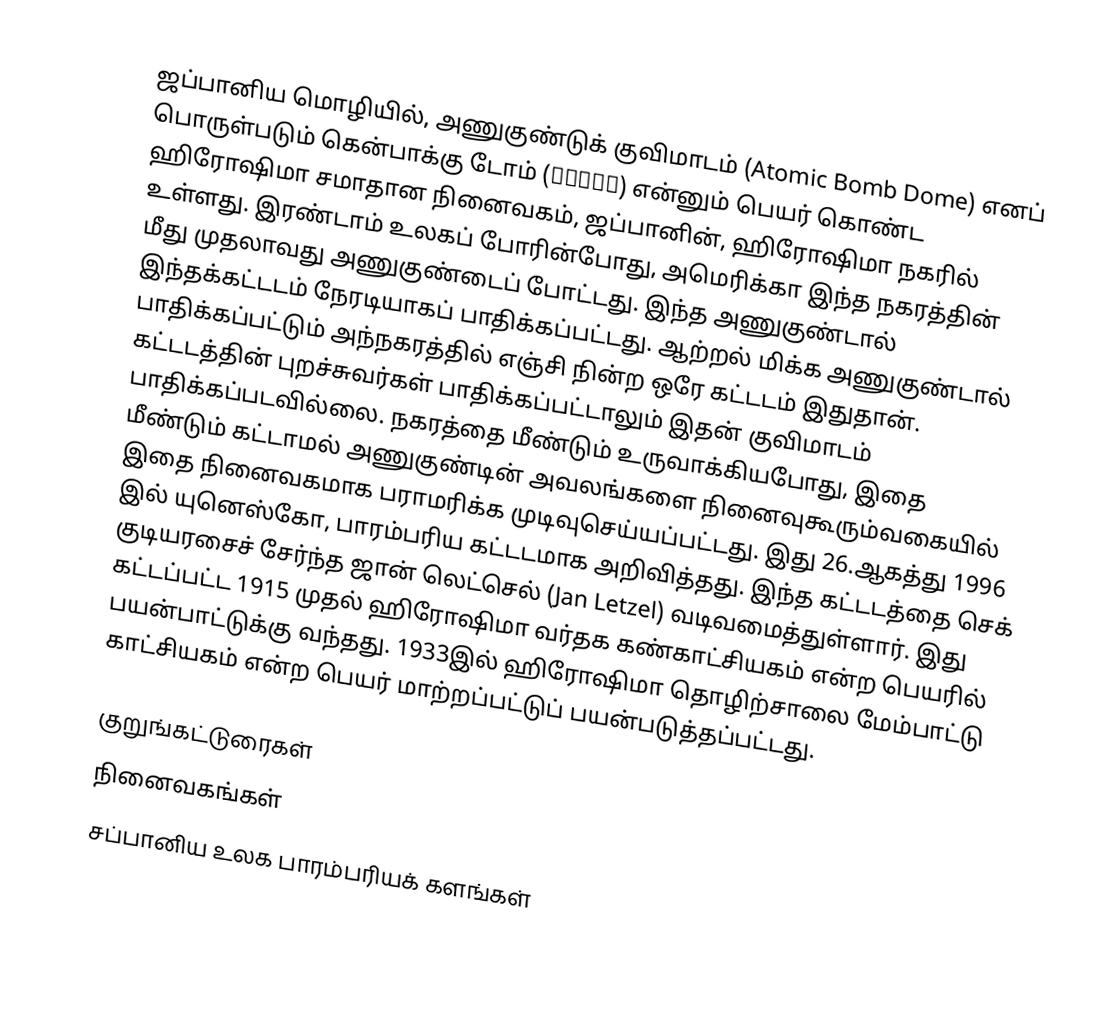
ஜப்பானிய மொழியில், அணுகுண்டுக் குவிமாடம் (Atomic Bomb Dome) எனப் பொருள்படும் கென்பாக்கு டோம் (原爆ドーム) என்னும் பெயர் கொண்ட ஹிரோஷிமா சமாதான நினைவகம், ஜப்பானின், ஹிரோஷிமா நகரில் உள்ளது. இரண்டாம் உலகப் போரின்போது, அமெரிக்கா இந்த நகரத்தின் மீது முதலாவது அணுகுண்டைப் போட்டது. இந்த அணுகுண்டால் இந்தக்கட்டடம் நேரடியாகப் பாதிக்கப்பட்டது. ஆற்றல் மிக்க அணுகுண்டால் பாதிக்கப்பட்டும் அந்நகரத்தில் எஞ்சி நின்ற ஒரே கட்டடம் இதுதான். கட்டடத்தின் புறச்சுவர்கள் பாதிக்கப்பட்டாலும் இதன் குவிமாடம் பாதிக்கப்படவில்லை. நகரத்தை மீண்டும் உருவாக்கியபோது, இதை மீண்டும் கட்டாமல் அணுகுண்டின் அவலங்களை நினைவுகூரும்வகையில் இதை நினைவகமாக பராமரிக்க முடிவுசெய்யப்பட்டது. இது 26.ஆகத்து 1996 இல் யுனெஸ்கோ, பாரம்பரிய கட்டடமாக அறிவித்தது. இந்த கட்டடத்தை செக் குடியரசைச் சேர்ந்த ஜான் லெட்செல் (Jan Letzel) வடிவமைத்துள்ளார். இது கட்டப்பட்ட 1915 முதல் ஹிரோஷிமா வர்தக கண்காட்சியகம் என்ற பெயரில் பயன்பாட்டுக்கு வந்தது. 1933இல் ஹிரோஷிமா தொழிற்சாலை மேம்பாட்டு காட்சியகம் என்ற பெயர் மாற்றப்பட்டுப் பயன்படுத்தப்பட்டது.

குறுங்கட்டுரைகள்
நினைவகங்கள்
சப்பானிய உலக பாரம்பரியக் களங்கள்